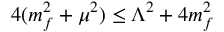
4 ( m _ { f } ^ { 2 } + \mu ^ { 2 } ) \le \Lambda ^ { 2 } + 4 m _ { f } ^ { 2 }